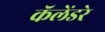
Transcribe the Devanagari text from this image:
कॅलेंडरे